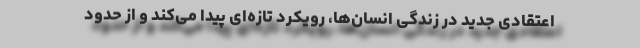
اعتقادی جدید در زندگی انسان‌ها، رویکرد تازه‌ای پیدا می‌کند و از حدود